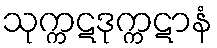
သုက္ကဋဒုက္ကဋာနံ